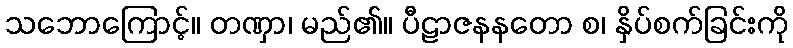
သဘောကြောင့်။ တဏှာ၊ မည်၏။ ပီဠာဇနနတော စ၊ နှိပ်စက်ခြင်းကို